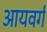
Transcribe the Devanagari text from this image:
आयवर्ग